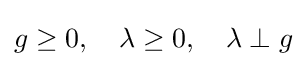
g\geq 0,\quad \lambda \geq 0,\quad \lambda \perp g